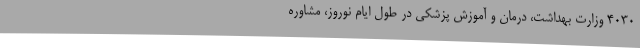
4030 وزارت بهداشت، درمان و آموزش پزشکی در طول ایام نوروز، مشاوره